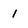
Character: l